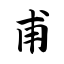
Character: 甫